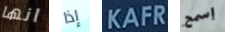
انها إذا KAFR إسمح